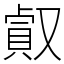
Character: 㕢